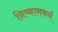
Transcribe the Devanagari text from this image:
निष्कामकर्म